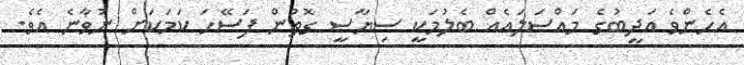
އެހެންވެ އަދީބުގެ މައްސަލައެއް ބެލުމަކީ ސިޔާސީ ގޮތުން ފަސޭހަ ކަމަކަށް ނުވާނެ އެވެ.